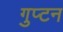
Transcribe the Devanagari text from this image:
गुप्टन